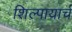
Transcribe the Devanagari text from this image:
शिल्पायार्च